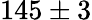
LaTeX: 145\pm 3